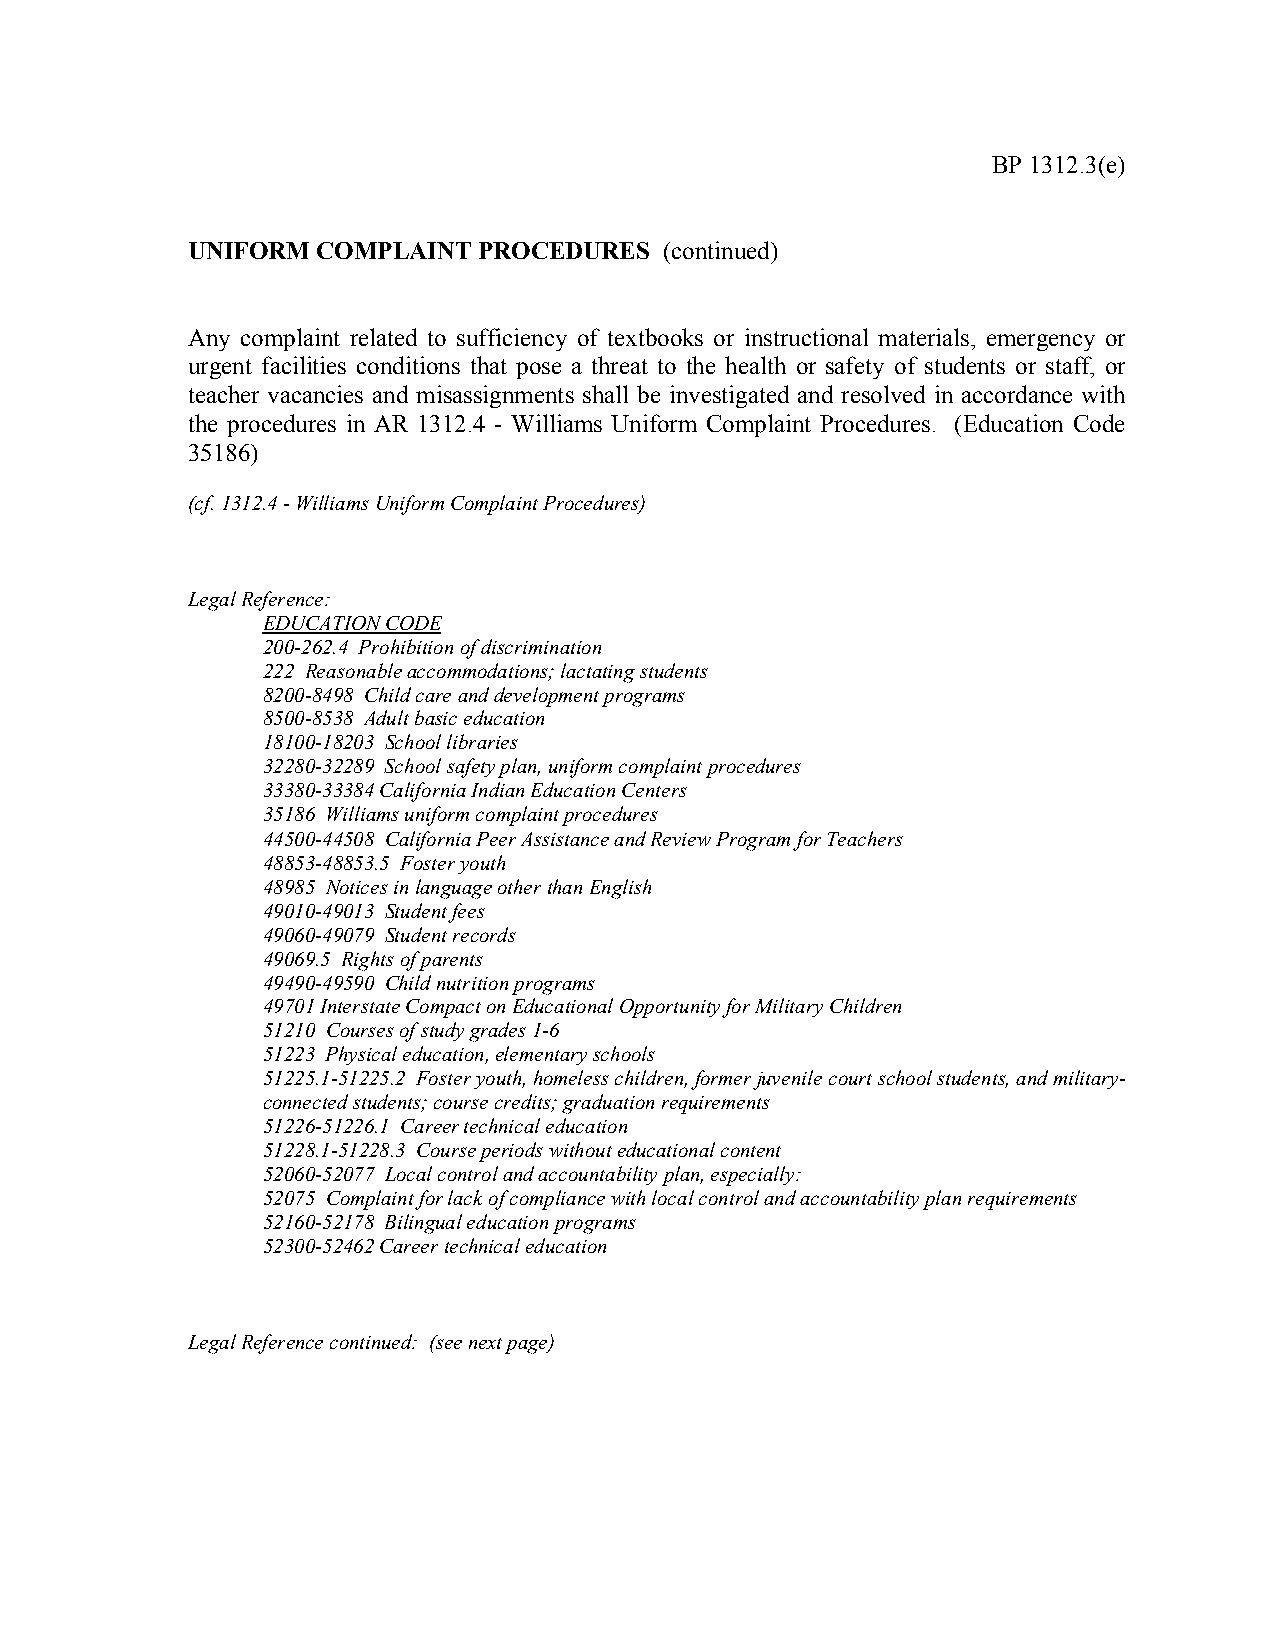
BP 1312.3(e)
 UNIFORM  COMPLAINT  PROCEDURES  (continued)
 Any complaint related to sufficiency of textbooks or instructional materials, emergency or
 urgent facilities conditions that pose a threat to the health or safety of students or staff, or
 teacher vacancies and misassignments shall be investigated and resolved in accordance with
 the procedures in AR 1312.4 - Williams Uniform Complaint Procedures. (Education Code
 35186)
 (cf. 1312.4 - Williams Uniform Complaint Procedures)
 Legal Reference:
 EDUCATION CODE
 200-262.4 Prohibition of discrimination
 222 Reasonable accommodations; lactating students
 8200-8498 Child care and development programs
 8500-8538 Adult basic education
 18100-18203 School libraries
 32280-32289 School safety plan, uniform complaint procedures
 33380-33384 California Indian Education Centers
 35186 Williams uniform complaint procedures
 44500-44508 California Peer Assistance and Review Program for Teachers
 48853-48853.5 Foster youth
 48985 Notices in language other than English
 49010-49013 Student fees
 49060-49079 Student records
 49069.5 Rights of parents
 49490-49590 Child nutrition programs
 49701 Interstate Compact on Educational Opportunity for Military Children
 51210 Courses of study grades 1-6
 51223 Physical education, elementary schools
 51225.1-51225.2 Foster youth, homeless children, former juvenile court school students, and military-
 connected students; course credits; graduation requirements
 51226-51226.1 Career technical education
 51228.1-51228.3 Course periods without educational content
 52060-52077 Local control and accountability plan, especially:
 52075 Complaint for lack of compliance with local control and accountability plan requirements
 52160-52178 Bilingual education programs
 52300-52462 Career technical education
 Legal Reference continued: (see next page)